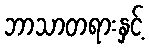
ဘာသာတရားနှင့်